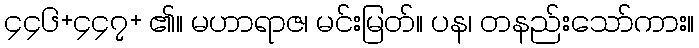
၄၄၆+၄၄၇+ ၏။ မဟာရာဇ၊ မင်းမြတ်။ ပန၊ တနည်းသော်ကား။